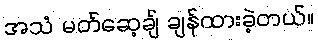
အသံ မတ်ဆေ့ချ် ချန်ထားခဲ့တယ်။